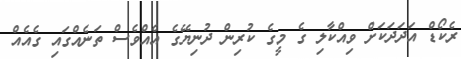
ރެކޯޑް އަދަދަކަށް ވިއްކާލި ގެ މީގެ ކުރިން ދުނިޔޭގެ އެއްވެސް ތަނެއްގައި ގެއެއް